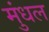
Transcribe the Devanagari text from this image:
मुंधल